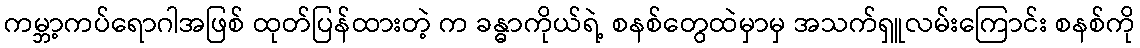
ကမ္ဘာ့ကပ်ရောဂါအဖြစ် ထုတ်ပြန်ထားတဲ့ က ခန္ဓာကိုယ်ရဲ့ စနစ်တွေထဲမှာမှ အသက်ရှူလမ်းကြောင်း စနစ်ကို